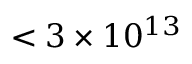
< 3 \times 1 0 ^ { 1 3 }